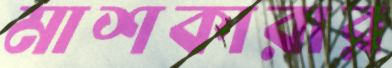
মাশকারার